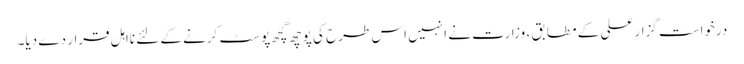
درخواست گزار علی کے مطابق ، وزارت نے انہیں اس طرح کی پوچھ گچھ پوسٹ کرنے کے لئے نااہل قرار دے دیا۔